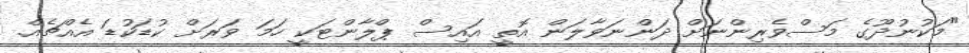
"މަކުނުދޫގެ މަސްވެރިންނަށް ދަންނަވާލަން އޮތީ އައިސް ޕްލާންޓަކީ ހަމަ ވަރަށް ކުޑަކުޑަ އެއްޗެއް.